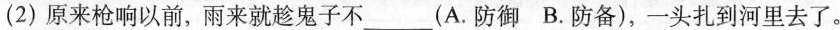
(2)原来枪响以前，雨来就趁鬼子不____(A.防御B.防备)，一头扎到河里去了。